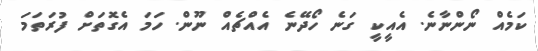
ކަމެއް ނޯންނާނެ. އެއީކީ ގަނެ ހޯދޭނެ އެއްޗެއް ނޫން. ހަމަ އެގޮތަށް ފުރަތަމަ